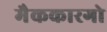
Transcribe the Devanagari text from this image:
मैककारगो